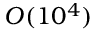
O ( 1 0 ^ { 4 } )